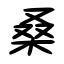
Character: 桑